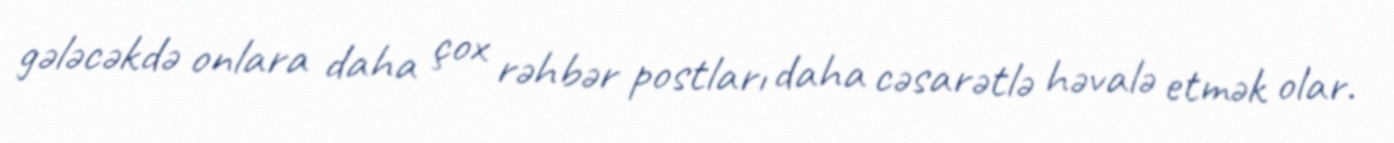
gələcəkdə onlara daha çox rəhbər postları daha cəsarətlə həvalə etmək olar.